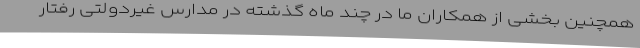
همچنین بخشی از همکاران ما در چند ماه گذشته در مدارس غیردولتی رفتار